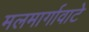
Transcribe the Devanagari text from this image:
मलमार्गावाटे